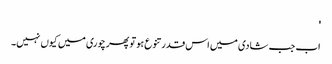
'
اب جب شادی میں اس قدر تنوع ہو تو پھر چوری میں کیوں نہیں۔